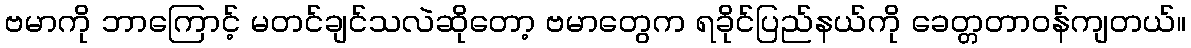
ဗမာကို ဘာကြောင့် မတင်ချင်သလဲဆိုတော့ ဗမာတွေက ရခိုင်ပြည်နယ်ကို ခေတ္တတာဝန်ကျတယ်။